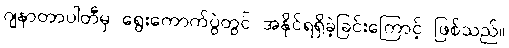
ဂျနာတာပါတီမှ ရွေးကောက်ပွဲတွင် အနိုင်ရရှိခဲ့ခြင်းကြောင့် ဖြစ်သည်။